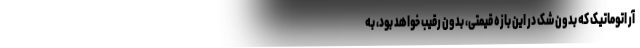
آر اتوماتیک که بدون شک در این بازه قیمتی، بدون رقیب خواهد بود، به